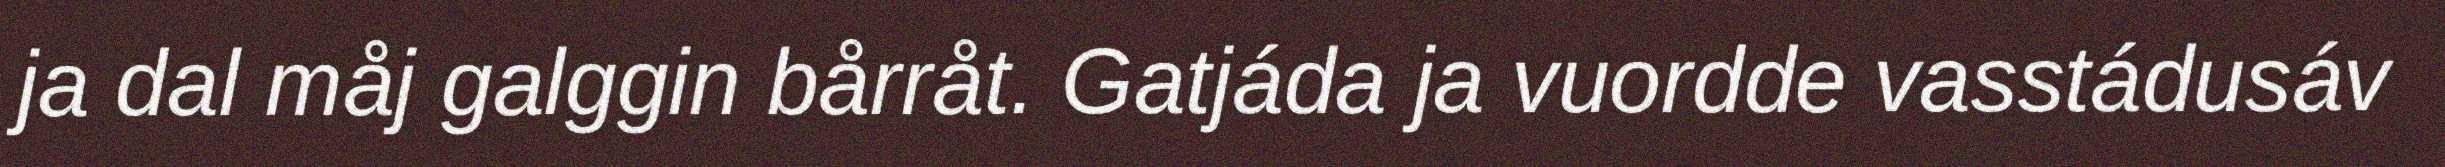
ja dal måj galggin bårråt. Gatjáda ja vuordde vasstádusáv